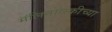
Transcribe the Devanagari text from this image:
मॅलिनोव्स्कीच्या